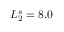
L _ { 2 } ^ { s } = 8 . 0